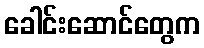
ခေါင်းဆောင်တွေက